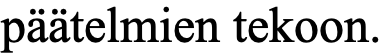
päätelmien tekoon.